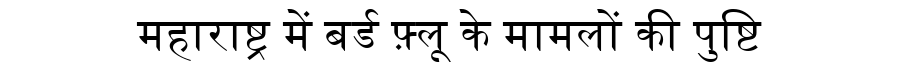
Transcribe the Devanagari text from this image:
महाराष्ट्र में बर्ड फ़्लू के मामलों की पुष्टि